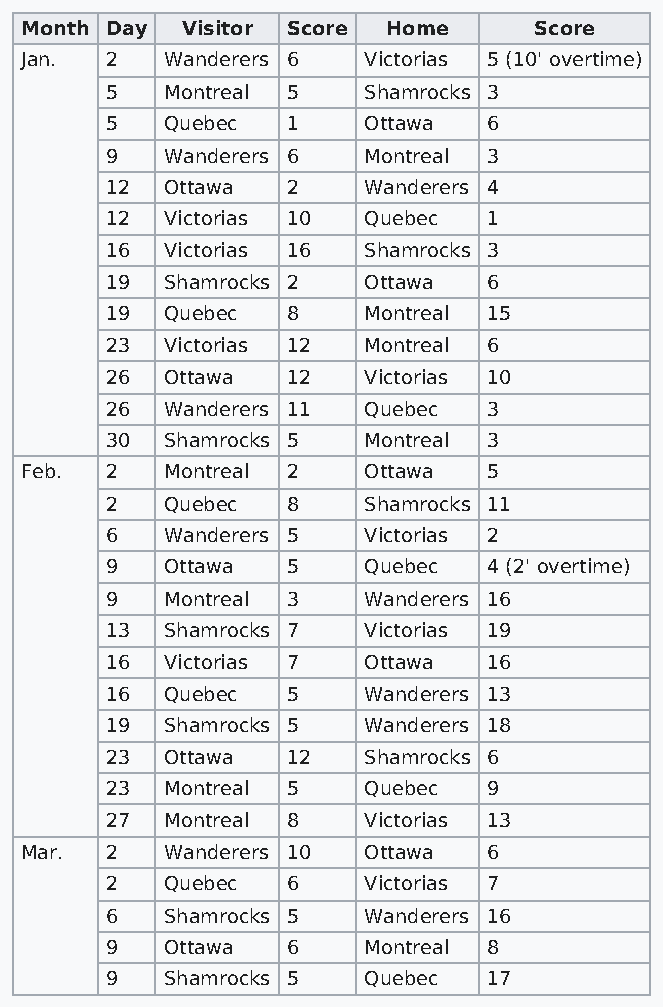
Month Day  Visitor Score Home     Score
 Jan.  2   Wanderers 6  Victorias 5 (10' overtime)
 5   Montreal 5   Shamrocks 3
 5   Quebec  1    Ottawa  6
 9   Wanderers 6  Montreal 3
 12  Ottawa  2    Wanderers 4
 12  Victorias 10 Quebec  1
 16  Victorias 16 Shamrocks 3
 19  Shamrocks 2  Ottawa  6
 19  Quebec  8    Montreal 15
 23  Victorias 12 Montreal 6
 26  Ottawa  12   Victorias 10
 26  Wanderers 11 Quebec  3
 30  Shamrocks 5  Montreal 3
 Feb.  2   Montreal 2   Ottawa  5
 2   Quebec  8    Shamrocks 11
 6   Wanderers 5  Victorias 2
 9   Ottawa  5    Quebec  4 (2' overtime)
 9   Montreal 3   Wanderers 16
 13  Shamrocks 7  Victorias 19
 16  Victorias 7  Ottawa  16
 16  Quebec  5    Wanderers 13
 19  Shamrocks 5  Wanderers 18
 23  Ottawa  12   Shamrocks 6
 23  Montreal 5   Quebec  9
 27  Montreal 8   Victorias 13
 Mar.  2   Wanderers 10 Ottawa  6
 2   Quebec  6    Victorias 7
 6   Shamrocks 5  Wanderers 16
 9   Ottawa  6    Montreal 8
 9   Shamrocks 5  Quebec  17